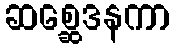
ဆစ္ဆေဒနကာ